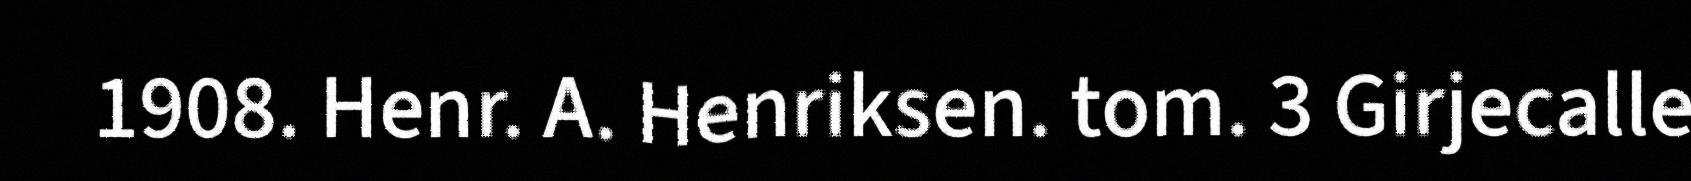
1908. Henr. A. Henriksen. tom. 3 Girjecalle